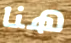
هنا